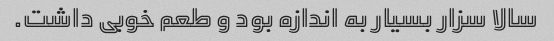
سالا سزار بسیار به اندازه بود و طعم خوبی داشت.